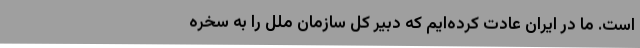
است. ما در ایران عادت کرده‌ایم که دبیر کل سازمان ملل را به سُخره